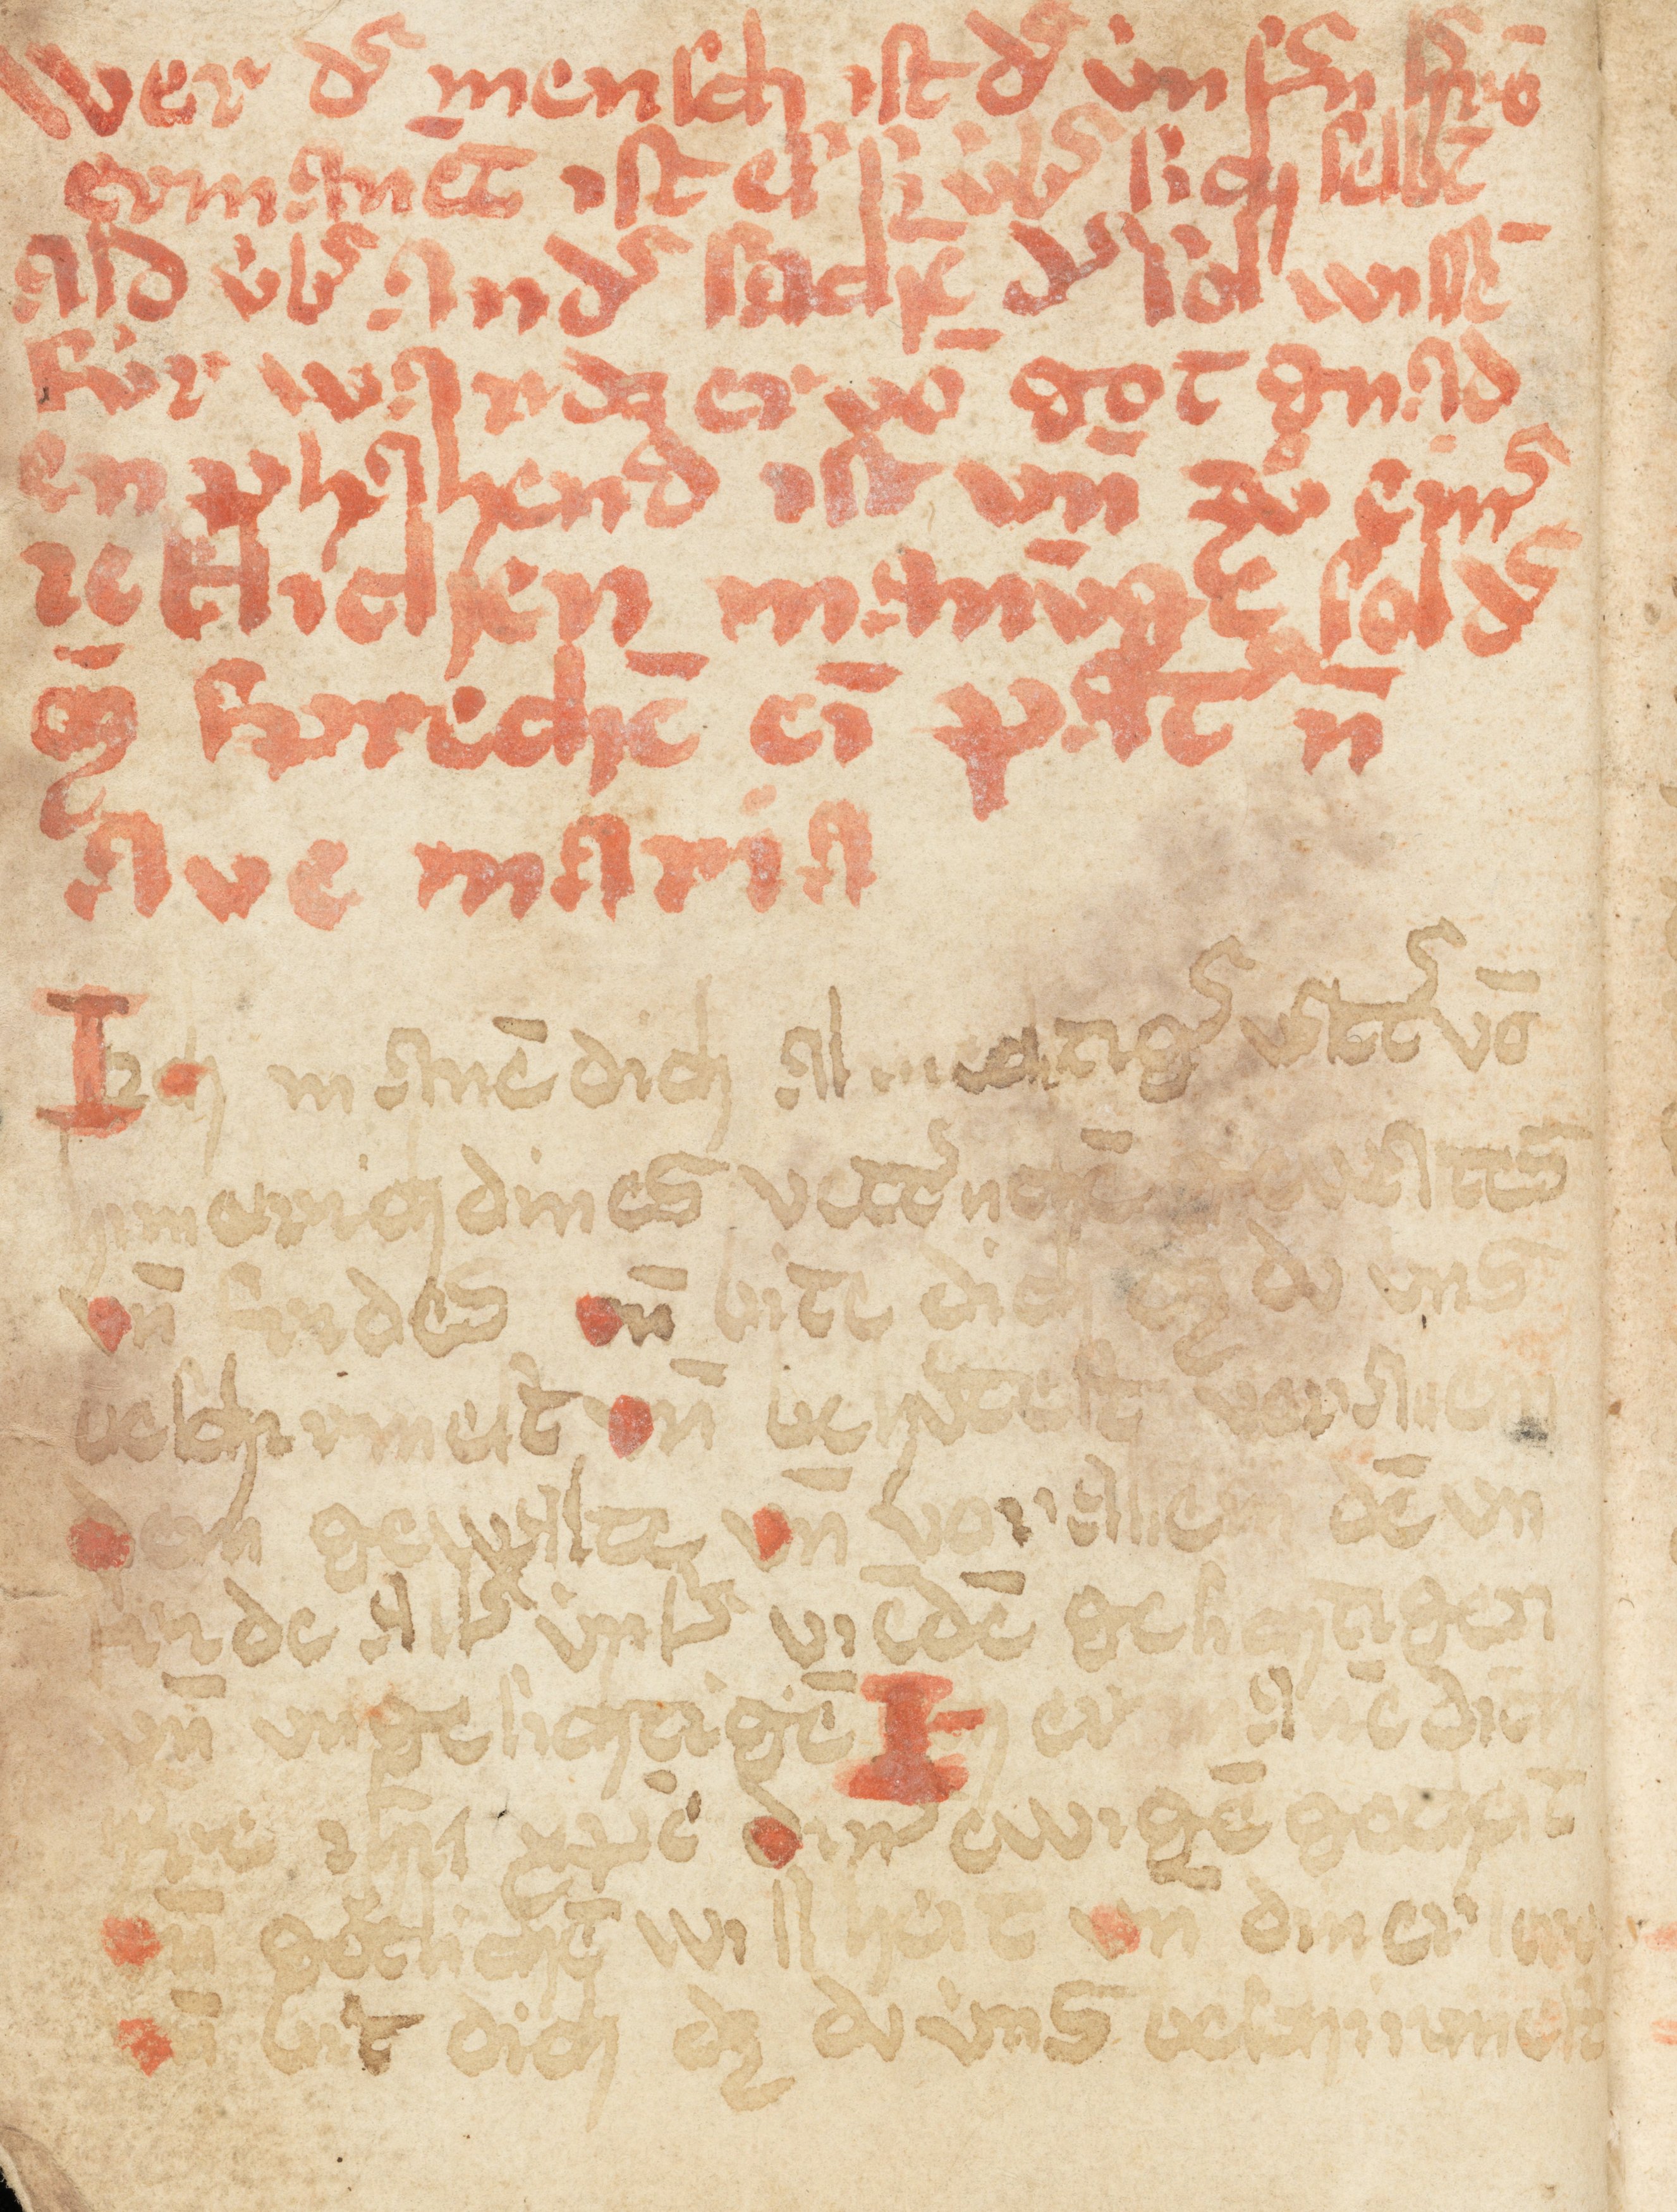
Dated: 1400–1424